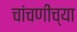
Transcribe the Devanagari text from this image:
चांचणीच्या